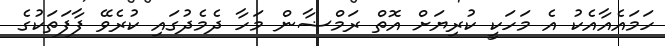
ހަމައެއާއެކު އެ މަހަކީ ކުރިޔަށް އޮތް ރަމްޟާން މަހާ ދެމެދުގައި ކުރެވޭ ފާފަތަކުގެ